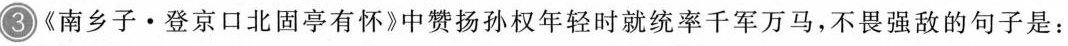
3《南乡子·登京口北固亭有怀》中赞扬孙权年轻时就统率千军万马，不畏强敌的句子是：